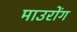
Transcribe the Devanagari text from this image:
माउरोंग